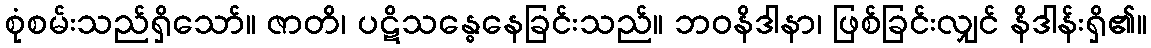
စုံစမ်းသည်ရှိသော်။ ဇာတိ၊ ပဋိသန္ဓေနေခြင်းသည်။ ဘဝနိဒါနာ၊ ဖြစ်ခြင်းလျှင် နိဒါန်းရှိ၏။